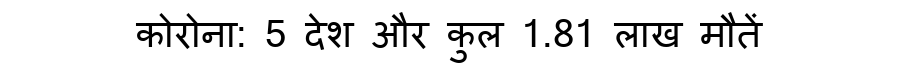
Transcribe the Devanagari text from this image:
कोरोना: 5 देश और कुल 1.81 लाख मौतें